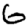
Digit: 6